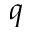
q